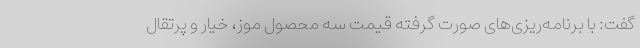
گفت: با برنامه‌ریزی‌های صورت گرفته قیمت سه محصول موز، خیار و پرتقال